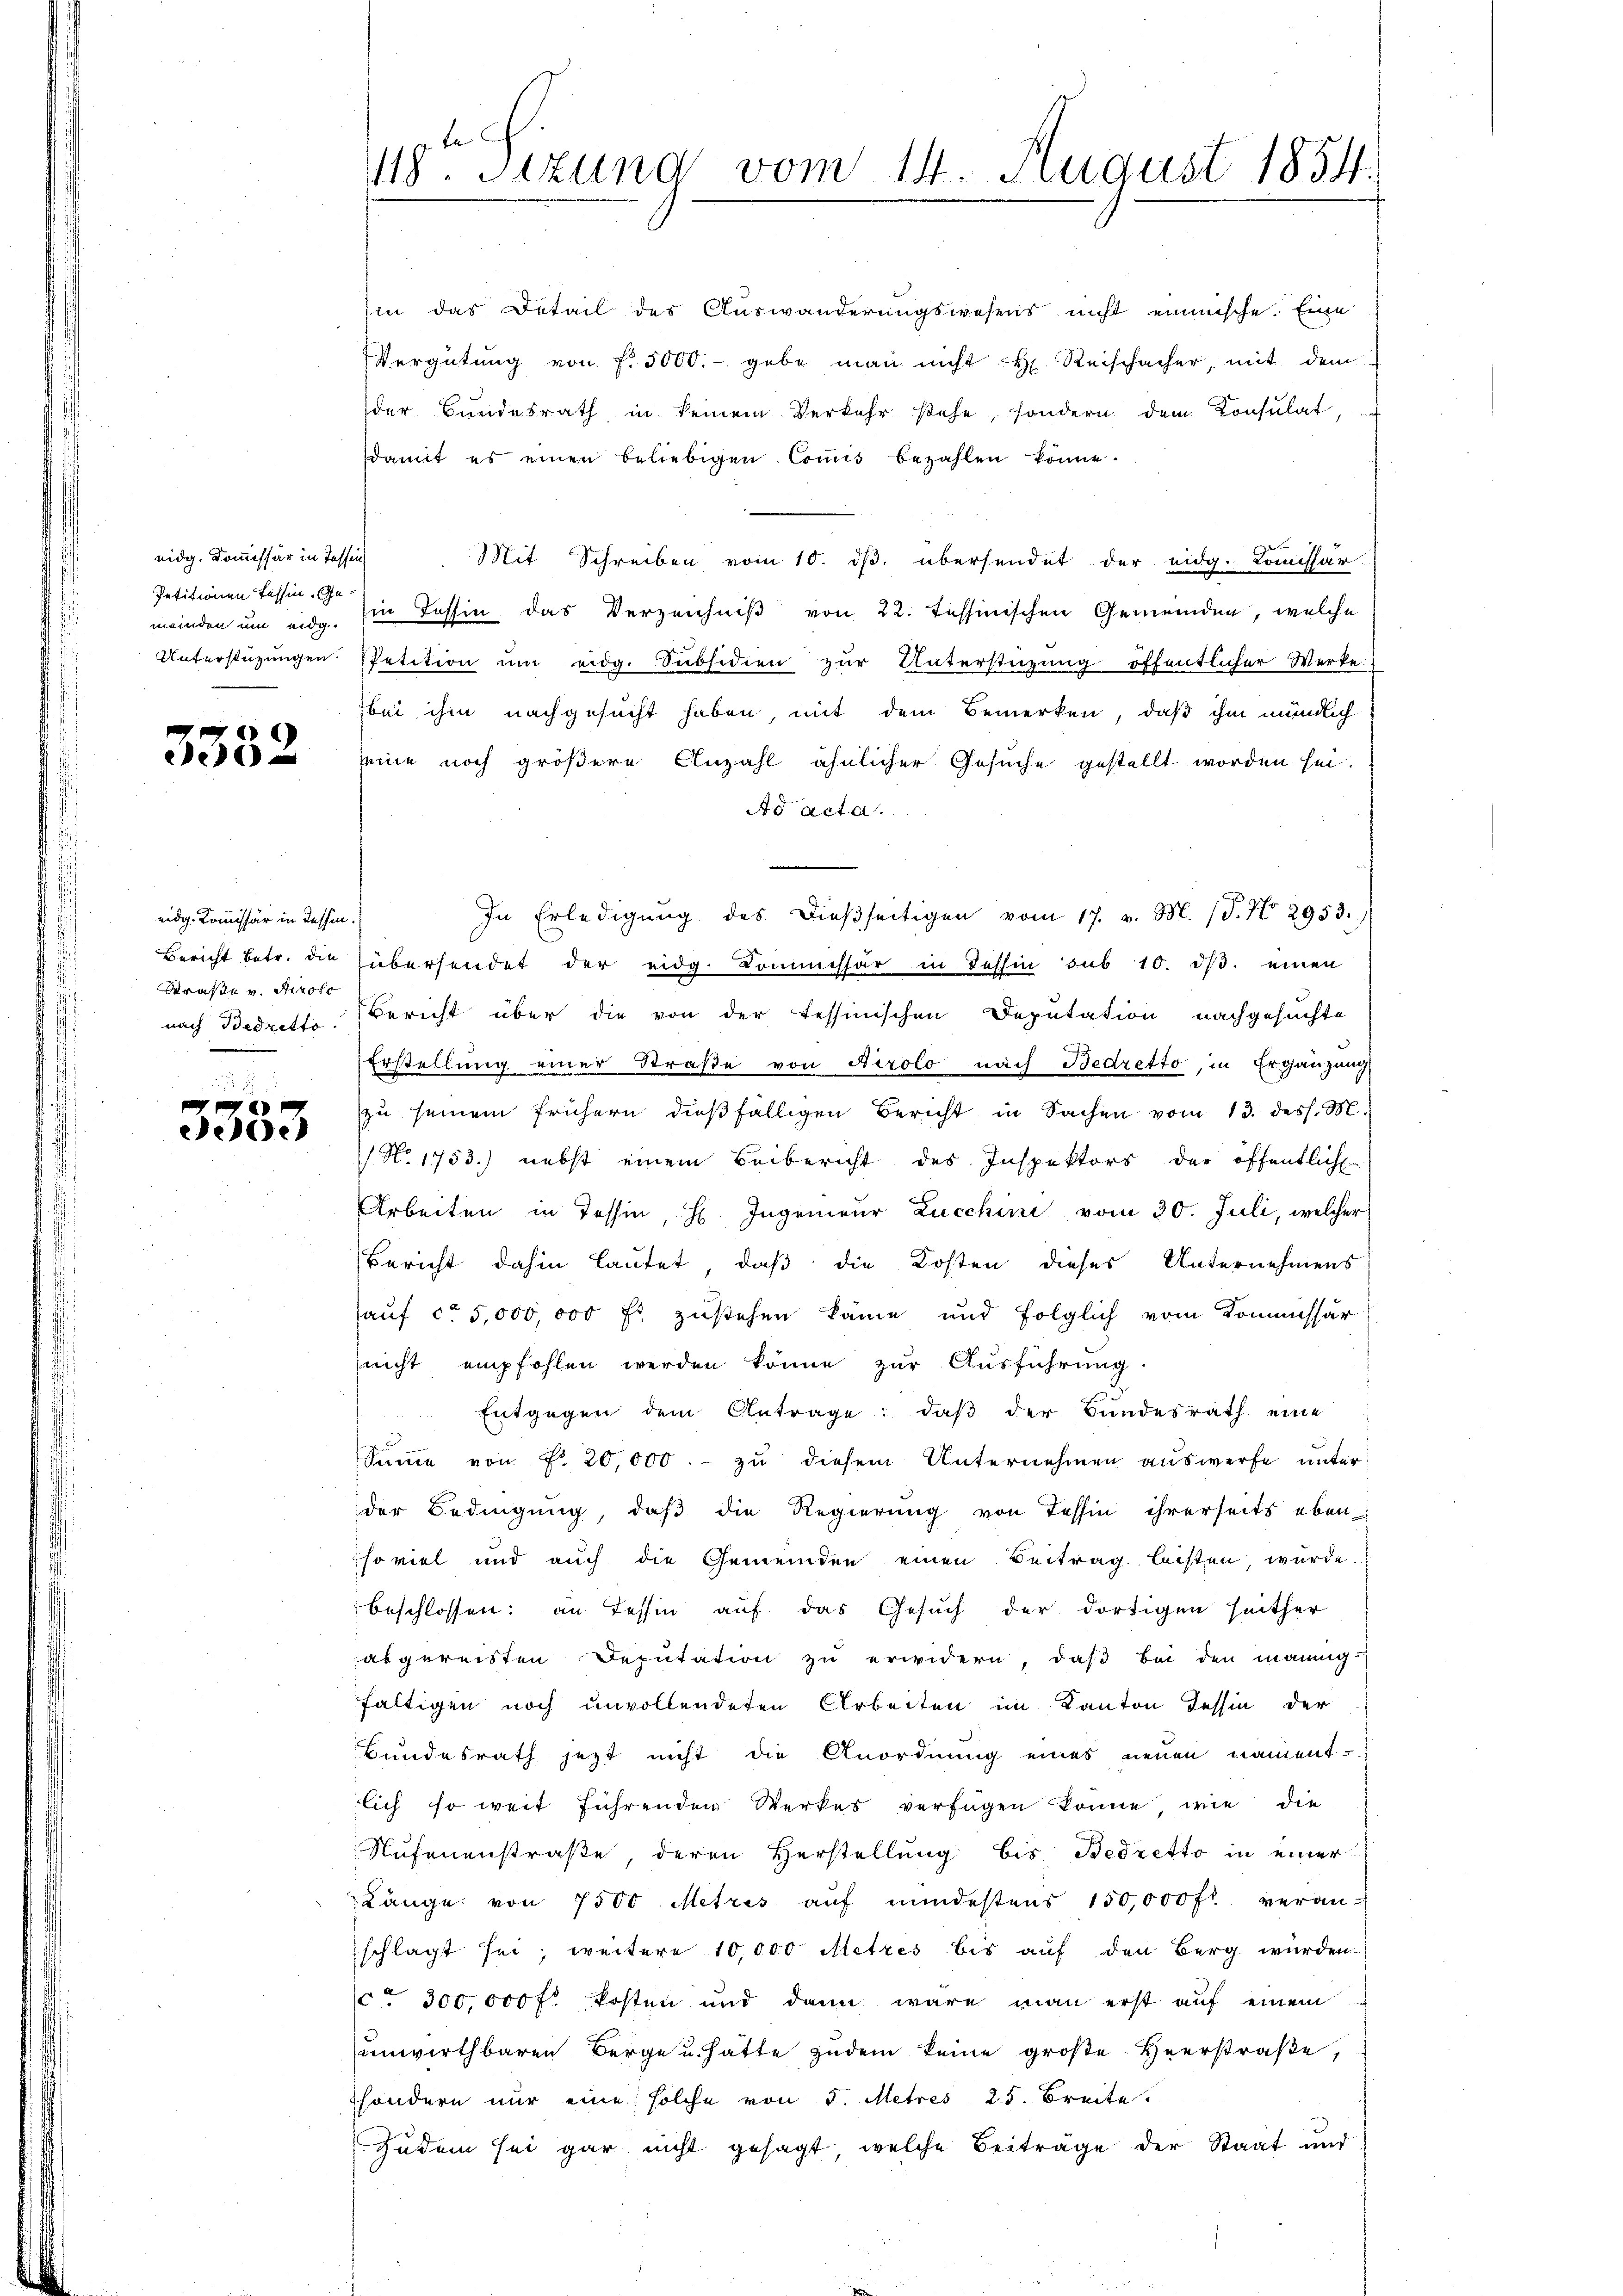
eidg. Kommissär in Tessin
Petitionen Tessin. Ge¬

3352

eidg. Kommissär in Tessin.
Brase v. Tirolo

e
ede

118. Sizung vom 14. August 1854.

hin das Detail des Auswanderungswesens nicht einmische. Eine
Vergütŭng von f. 5000.- gebe man nicht H. Reischacher, mit dem
der Bundesrath in seinem Verkehr stehe, sondern dem Konsulat,
damit es einen beliebigen Coṁis bezahlen könne.
Mit Schreiben vom 10. ds. übersendet der eidg. Kommissär
meinden um eid. Ein Tessin das Verzeichniß von 22. Tessinischen Gemeinden, welche
Unterstützŭngen Petition ŭm eidg. Subsidien zŭr Unterstüzung öffentlicher Werke
bei ihm nachgesucht haben, mit dem Bemerken, daß ihm mündlich
seine noch größere Anzahl ähnlicher Gesuche gestellt worden sei.
Ad acta.
In Erledigŭng des dießseitigen vom 17. v. M. (T. No 2953.
Bericht betr. die übersendet der eidg. Kommessar in Tessin sub 10. dβ. einen
nach Bedrette Bericht über die von der tessinischen Deputation nachgesuchte
Erstellung einer Straße von Airolo nach Bedretto, in Ergänzung
zu seinem frühern dießfälligen Bericht in Sachen vom 13. dess. M.
/ No. 1753.) nebst einem Beibericht des Inspektors der öffentlich
Arbeiten in Tessin, H. Ingenieur Lucchini vom 30. Juli, welcher
Bericht dahin lautet, daß die Kosten dieses Unternehmens
hauf ca 5,000,000 Fr. zustehen käme und folglich vom Kommissär
nicht empfohlen werden könne zur Ausführung.
Entgegen dem Antrage: daβ der Bundesrath eine
Summe von Fr. 20,000.- zu diesem Unternehmen auswerfe unter
der Bedingung, daß die Regierung von Tessin ihrerseits eben
so viel und auch die Gemeinden einen Beitrag bisten, wurde
beschlossen; an Tessin auf das Gesuch der dortigen seither
abgereisten Deputation zu erwidern, daß bei den mannig
faltigen noch unvollendeten Arbeiten im Kanton Tessin der
Bundesrath jezt nicht die Anordnung eines neuen nament-
lich so weit führenden Werkes verfügen könne wie die
Nufenenstraße, deren Verstellung bis Bedretto in einer
Länge von 7500 Metris aŭf mindestens 150,000 fl. veranschlagt sei, weitere 10,000 Metzes bis auf den Berg wurden.
ct 300,000 fl. kosten und dann wäre man erst auf einem
unwirthbaren Berge u. hatte zudem keine große Heerstraβe,
söndern nur eine solche von d. Metres 25. Breite
Zudem sei gar nicht gesagt, welche Beiträge der Staat und